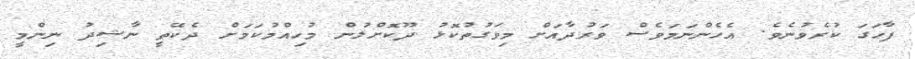
ފާހަގަ ކުރެވުނެވެ. އެހެންނަމަވެސް ވަރުދާއަށް މިވަގުތުކޮޅު ދޫކޮށްލުން މުހިއްމުކަމަށް ދެކޭތީ ނާޝިދު ނިންމީ